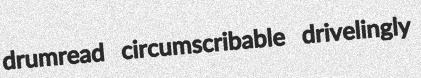
drumread circumscribable drivelingly